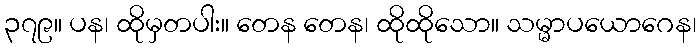
၃၇၉။ ပန၊ ထိုမှတပါး။ တေန တေန၊ ထိုထိုသော။ သမ္မာပယောဂေန၊